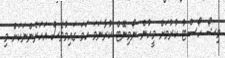
މިޝޯ ހޯސްޓު ކުރުމަށް މީހުން ނޯމިނޭޓް ކުރާނަމަ ހަމަ ގައިމުވެސް އަހަރެންނަކަށް މި